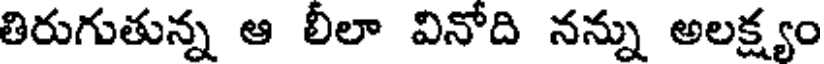
తిరుగుతున్న ఆ లీలా వినోది నన్ను అలక్ష్యం